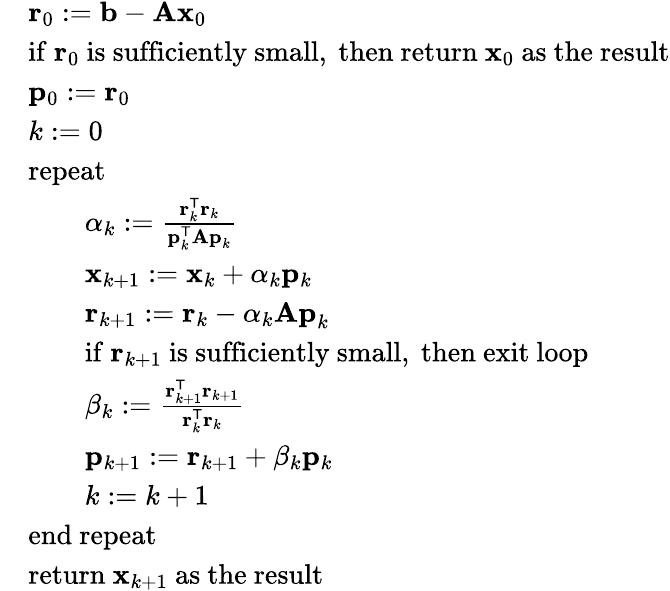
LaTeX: {\begin{array}{rl}&{\mathbf{r}_{0}:=\mathbf{b}-\mathbf{Ax}_{0}}\\ &{{\mathrm{if~}}\mathbf{r}_{0}{\mathrm{~is~sufficiently~small,~then~return~}}\mathbf{x}_{0}{\mathrm{~as~the~result}}}\\ &{\mathbf{p}_{0}:=\mathbf{r}_{0}}\\ &{k:=0}\\ &{{\mathrm{repeat}}}\\ &{\qquad\alpha_{k}:={\frac{\mathbf{r}_{k}^{\mathsf{T}}\mathbf{r}_{k}}{\mathbf{p}_{k}^{\mathsf{T}}\mathbf{Ap}_{k}}}}\\ &{\qquad\mathbf{x}_{k+1}:=\mathbf{x}_{k}+\alpha_{k}\mathbf{p}_{k}}\\ &{\qquad\mathbf{r}_{k+1}:=\mathbf{r}_{k}-\alpha_{k}\mathbf{Ap}_{k}}\\ &{\qquad{\mathrm{if~}}\mathbf{r}_{k+1}{\mathrm{~is~sufficiently~small,~then~exit~loop}}}\\ &{\qquad\beta_{k}:={\frac{\mathbf{r}_{k+1}^{\mathsf{T}}\mathbf{r}_{k+1}}{\mathbf{r}_{k}^{\mathsf{T}}\mathbf{r}_{k}}}}\\ &{\qquad\mathbf{p}_{k+1}:=\mathbf{r}_{k+1}+\beta_{k}\mathbf{p}_{k}}\\ &{\qquad k:=k+1}\\ &{{\mathrm{end~repeat}}}\\ &{{\mathrm{return~}}\mathbf{x}_{k+1}{\mathrm{~as~the~result}}}\end{array}}